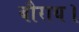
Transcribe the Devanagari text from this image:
बौराय।